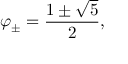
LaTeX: \varphi _ { \pm } = { \frac { 1 \pm { \sqrt { 5 } } } { 2 } } ,